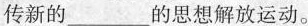
传新的___的思想解放运动。